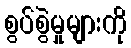
စွပ်စွဲမှုများကို